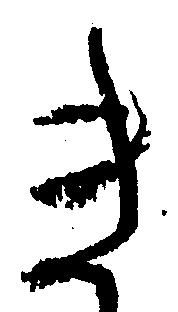
き